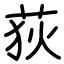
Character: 荻